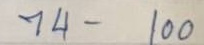
74 - 100